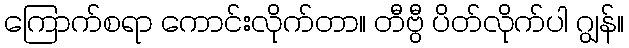
ကြောက်စရာ ကောင်းလိုက်တာ။ တီဗွီ ပိတ်လိုက်ပါ ဂျွန်။